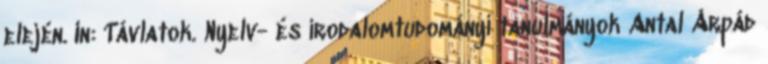
elején. In: Távlatok. Nyelv- és irodalomtudományi tanulmányok Antal Árpád